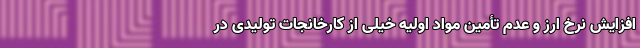
افزایش نرخ ارز و عدم تأمین مواد اولیه خیلی از کارخانجات تولیدی در